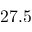
2 7 . 5